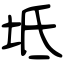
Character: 坻